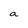
Character: a